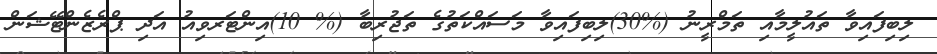
ލިބިފައިވާ ތައުލީމާއި ތަމްރީނު (%30)ލިބިފައިވާ މަސައްކަތުގެ ތަޖުރިބާ (% 10)އިންޓަރވިއު އަދި ޕްރެޒެންޓޭޝަން